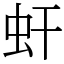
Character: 虷